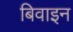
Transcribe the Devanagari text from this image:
बिवाइन